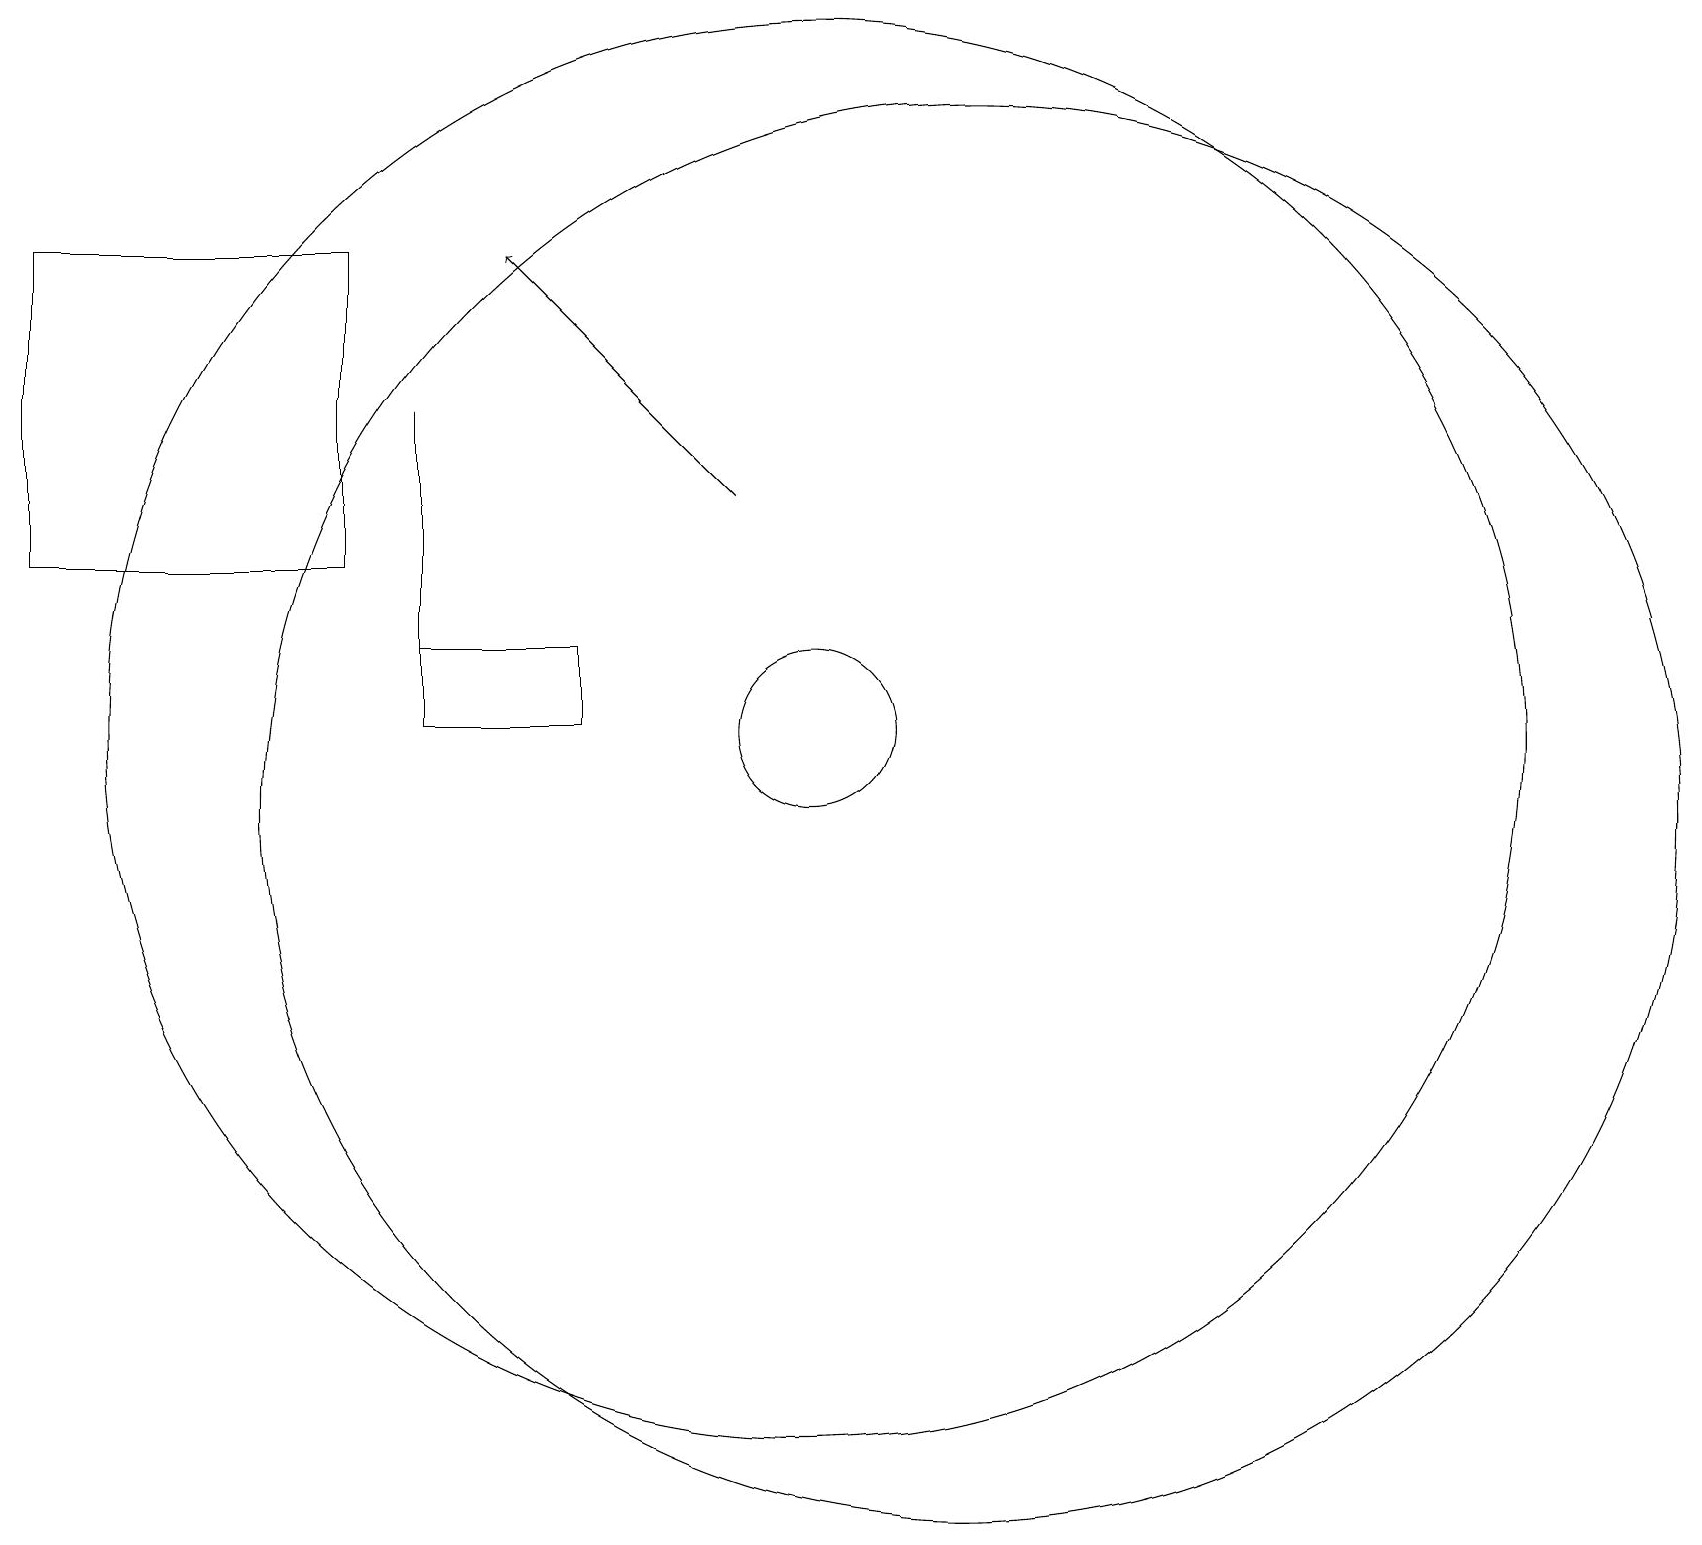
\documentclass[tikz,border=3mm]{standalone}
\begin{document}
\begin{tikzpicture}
\draw (10,11) circle (9);
\draw (10,11) circle (1);
\draw[->] (9,14) -- (6,17);
\draw (12,10) circle (9);
\draw (5,12) rectangle (5,15);
\draw (5,12) rectangle (7,11);
\draw (4,13) rectangle (0,17);
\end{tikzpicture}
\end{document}